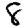
Digit: 8